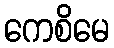
ကေစိမေ